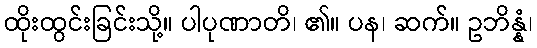
ထိုးထွင်းခြင်းသို့။ ပါပုဏာတိ၊ ၏။ ပန၊ ဆက်။ ဥဘိန္နံ၊